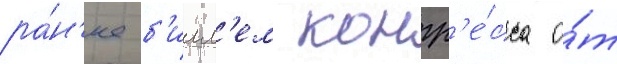
ра́н'ее б'илл'ем конгр'е́сса о́т